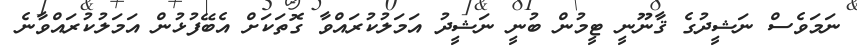
ނަމަވެސް ނަޝީދުގެ ޤާނޫނީ ޓީމުން ބުނީ ނަޝީދު އަމަލުކުރައްވާ ގޮތަކަށް އެބޭފުޅުން އަމަލުކުރައްވާނެ